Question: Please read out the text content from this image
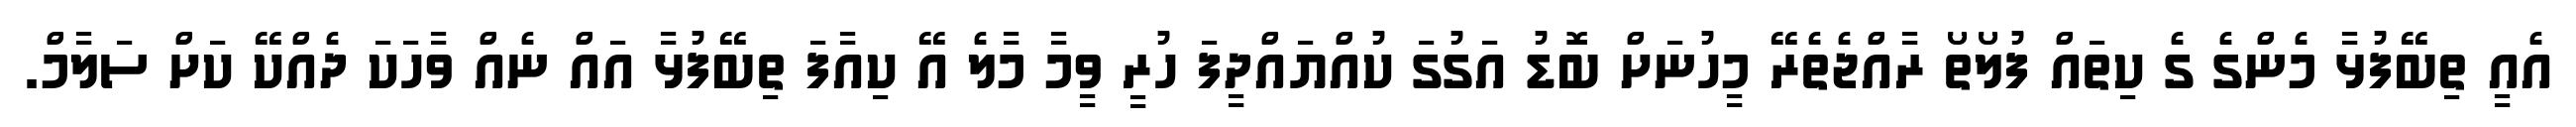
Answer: އެއީ ތިބޭފުޅާ މެންގެ ގެ ކިތައް ފުލޯތޯ ރާއްޖެތެރޭ މީހުނަށް ބޮޑު އަގުގަ ކުއްޔައްދީފަ ހުރީ ވީމާ މާލެ އޭ ކިއާފަ ތިބޭފުޅާ އައް ނެއް ވާހަކަ ދެއްކޭ ކަށް ސަލާމް.